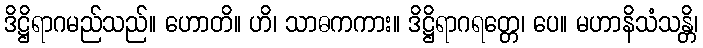
ဒိဋ္ဌိရာဂမည်သည်။ ဟောတိ။ ဟိ၊ သာဓကကား။ ဒိဋ္ဌိရာဂရတ္တေ၊ ပေ။ မဟာနိသံသန္တိ၊